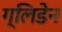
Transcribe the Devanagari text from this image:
ग्लिडेन